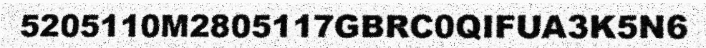
5205110M2805117GBRC0QIFUA3K5N6